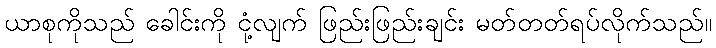
ယာစုကိုသည် ခေါင်းကို ငုံ့လျက် ဖြည်းဖြည်းချင်း မတ်တတ်ရပ်လိုက်သည်။